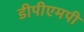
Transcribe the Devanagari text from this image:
डीपीएमपी